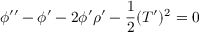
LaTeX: \phi ^ { \prime \prime } - \phi ^ { \prime } - 2 \phi ^ { \prime } \rho ^ { \prime } - \frac { 1 } { 2 } ( T ^ { \prime } ) ^ { 2 } = 0